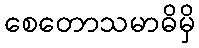
စေတောသမာဓိမှိ